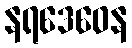
နရဒေဝေန